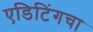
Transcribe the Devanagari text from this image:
एडिटिंगचा